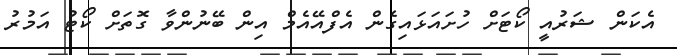
އެކަން ޝަރުއީ ކޯޓަށް ހުށައަޅައިގެން އެފްއޭއެމް އިން ބޭނުންވާ ގޮތަށް ކޯޓު އަމުރު